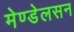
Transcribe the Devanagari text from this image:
मेण्डेलसन